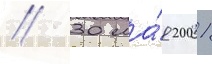
// 30 ма́я 2001